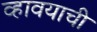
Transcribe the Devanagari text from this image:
व्हावयाची